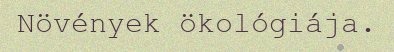
Növények ökológiája.